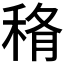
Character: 𥞼